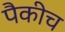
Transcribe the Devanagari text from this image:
पैकीच